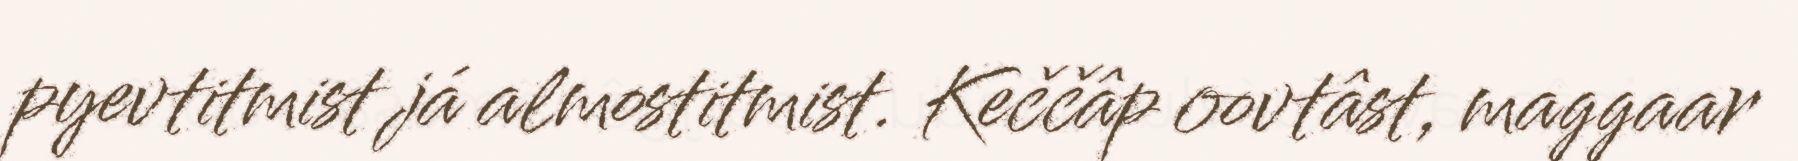
pyevtitmist já almostitmist. Keččâp oovtâst, maggaar